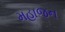
મહાજન